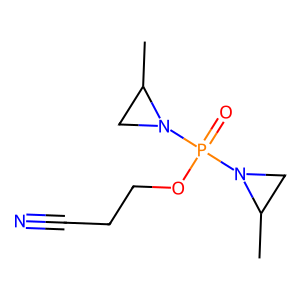
SMILES: CC1CN1P(=O)(OCCC#N)N1CC1C
Inhibits HIV replication: No